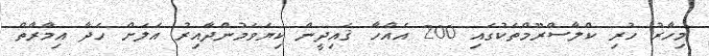
މިހާރު ހުރި ކްލާސްރޫމްތަކުގައި 200 އެއްހާ ޤައިދީން ކިޔަވަމުންދާއިރު އަލަށް ހަދާ އިމާރާތް